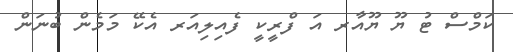
ކަމްސް ޓު ޔޫ ޔޫއާރ އަ ފްރީކީ ފެއިލިއަރ އެކޭ މަމެން ބުނަން